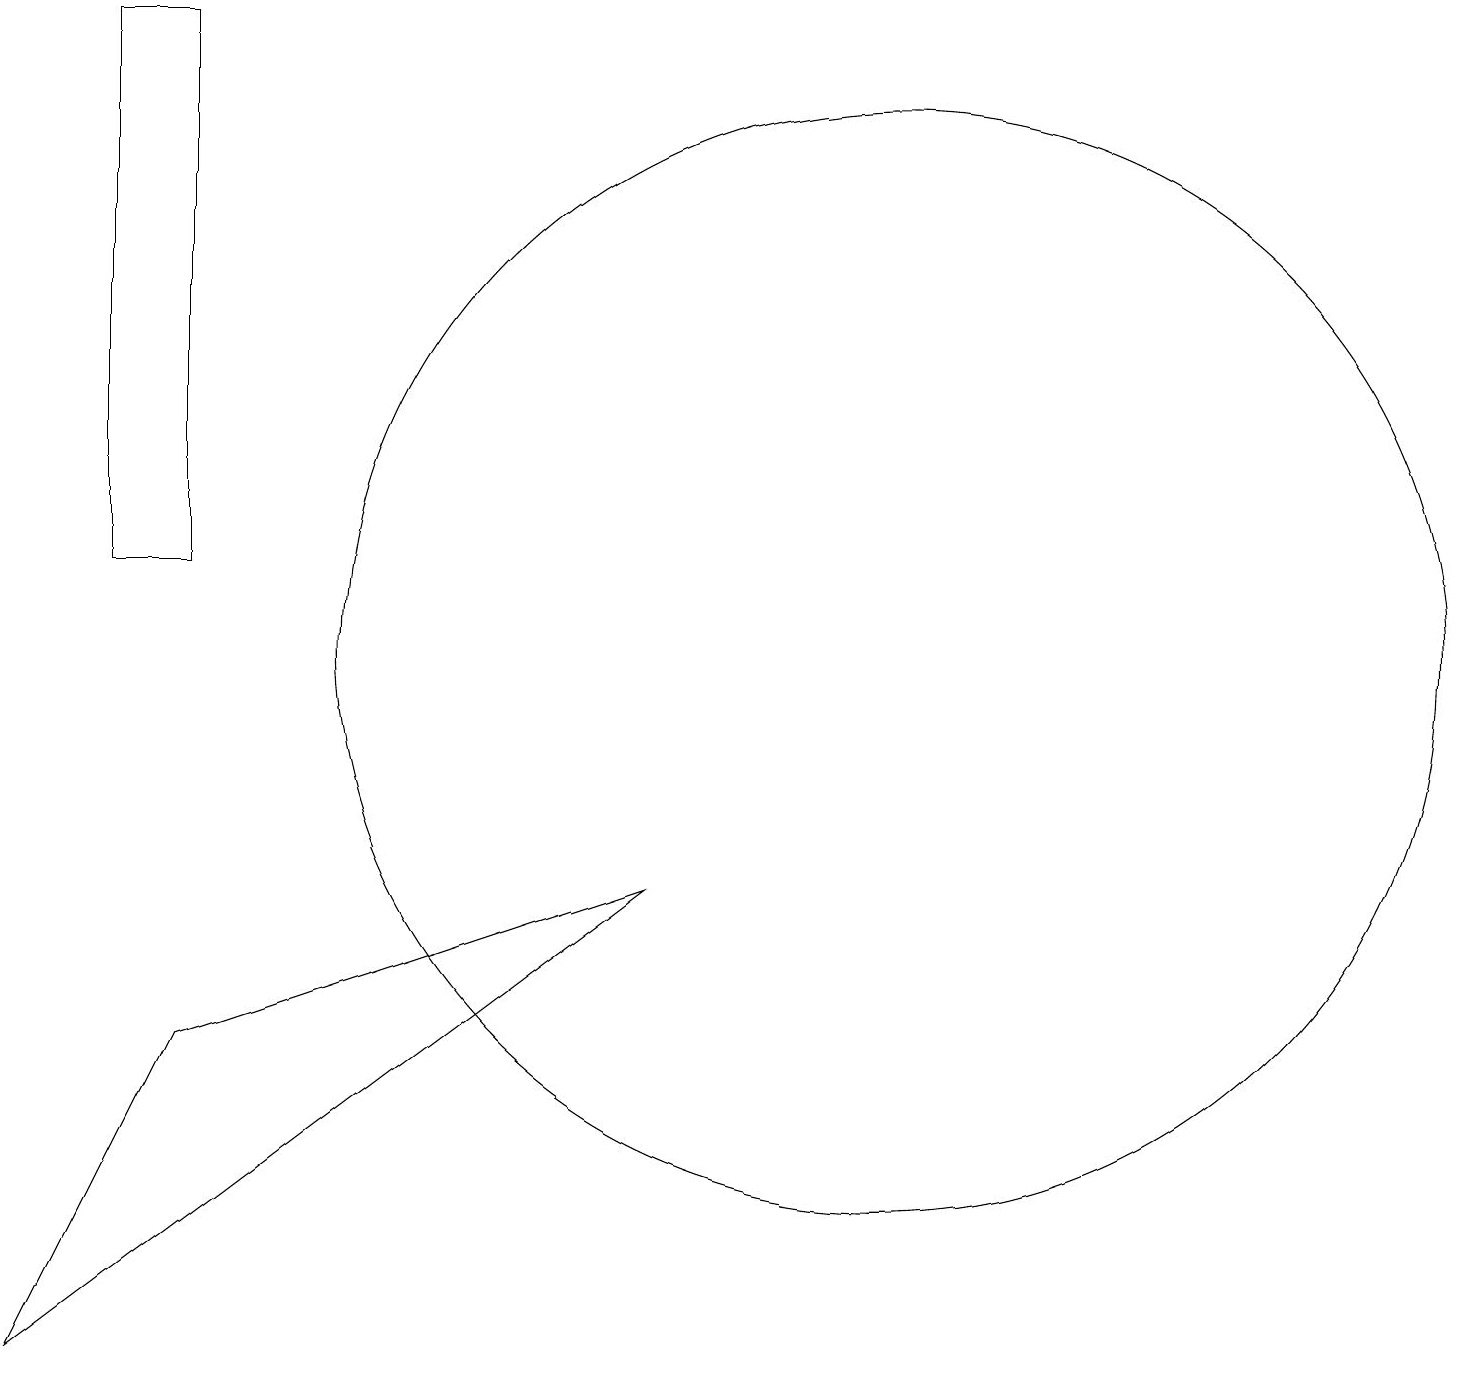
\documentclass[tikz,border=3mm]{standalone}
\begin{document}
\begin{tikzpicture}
\draw (11,11) circle (7);
\draw (8,8) -- (0,2) -- (2,6) -- cycle;
\draw (2,19) rectangle (1,12);
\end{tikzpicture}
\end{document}